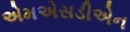
એમએસડીએન